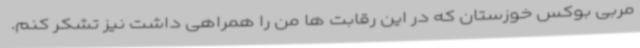
مربی بوکس خوزستان که در این رقابت ها من را همراهی داشت نیز تشکر کنم.